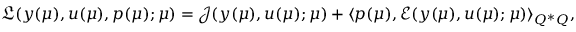
\mathfrak { L } ( y ( \boldsymbol { \mu } ) , u ( \boldsymbol { \mu } ) , p ( \boldsymbol { \mu } ) ; \boldsymbol { \mu } ) = \mathcal { J } ( y ( \boldsymbol { \mu } ) , u ( \boldsymbol { \mu } ) ; \boldsymbol { \mu } ) + \langle p ( \boldsymbol { \mu } ) , \mathcal { E } ( y ( \boldsymbol { \mu } ) , u ( \boldsymbol { \mu } ) ; \boldsymbol { \mu } ) \rangle _ { Q ^ { * } Q } ,